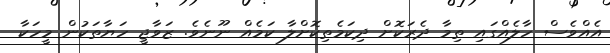
އެއްވެސް ހާލެއްގައި ތިމާ ދެރަކޮށް ދިކަމެތިކޮށްލާ ކަމެއް ނޫނެވެ. ޒަވާޖީ ހަޔާތަކުން މީހަކާ